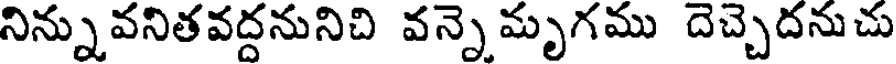
నిన్నువనితవద్దనునిచి వన్నెమృగము దెచ్చెదనుచు